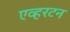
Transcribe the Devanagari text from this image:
एव्हरटन